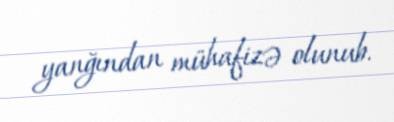
yanğından mühafizə olunub.